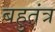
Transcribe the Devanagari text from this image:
बहुतंत्र